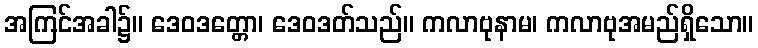
အကြင်အခါ၌။ ဒေဝဒတ္တော၊ ဒေဝဒတ်သည်။ ကလာဗုနာမ၊ ကလာဗုအမည်ရှိသော။